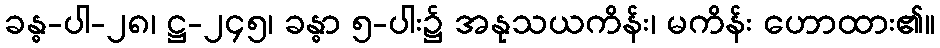
ခန္ဓ-ပါ-၂၈၊ ဋ္ဌ-၂၄၅၊ ခန္ဓာ ၅-ပါး၌ အနုသယကိန်း၊ မကိန်း ဟောထား၏။